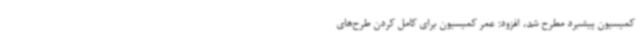
کمیسیون پیشبرد مطرح شد، افزود: عمر کمیسیون برای کامل کردن طرح‌های